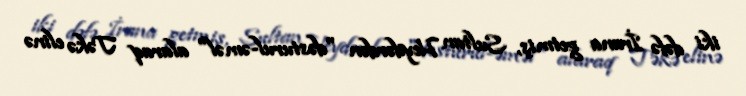
iki dəfə İrana getmiş, Sultan Heydərdən "dəsturul-əməl" alaraq Təkə elinə